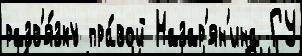
разв'я́зку пра́вой Назар'ян'ина ГУ